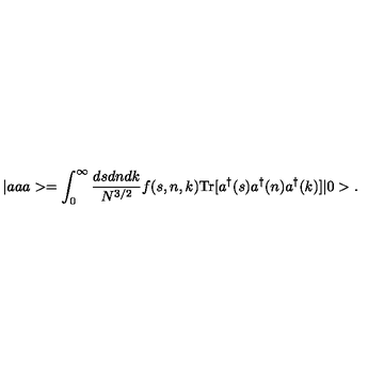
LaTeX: | a a a > = \int _ { 0 } ^ { \infty } \frac { d s d n d k } { N ^ { 3 / 2 } } f ( s , n , k ) \mathrm { T r } [ a ^ { \dagger } ( s ) a ^ { \dagger } ( n ) a ^ { \dagger } ( k ) ] | 0 > .